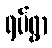
ရပ်ရွာ